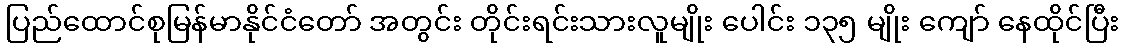
ပြည်ထောင်စုမြန်မာနိုင်ငံတော် အတွင်း တိုင်းရင်းသားလူမျိုး ပေါင်း ၁၃၅ မျိုး ကျော် နေထိုင်ပြီး